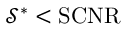
\mathcal { S } ^ { * } < \mathrm { S C N R }